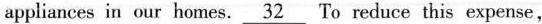
appliances in our homes. \underline{32} To reduce this expense,